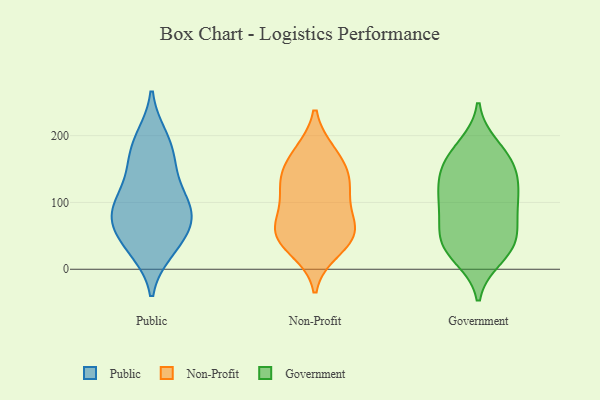
{"axis": {"x": "Energy Usage (MWh)", "y": "Value"}, "legend": ["Government", "Non-Profit", "Public"], "data": [{"x": "", "y": 198, "type": "Public"}, {"x": "", "y": 27, "type": "Public"}, {"x": "", "y": 74, "type": "Public"}, {"x": "", "y": 153, "type": "Public"}, {"x": "", "y": 28, "type": "Public"}, {"x": "", "y": 87, "type": "Public"}, {"x": "", "y": 109, "type": "Public"}, {"x": "", "y": 102, "type": "Public"}, {"x": "", "y": 160, "type": "Public"}, {"x": "", "y": 58, "type": "Public"}, {"x": "", "y": 89, "type": "Public"}, {"x": "", "y": 69, "type": "Public"}, {"x": "", "y": 118, "type": "Public"}, {"x": "", "y": 168, "type": "Public"}, {"x": "", "y": 37, "type": "Public"}, {"x": "", "y": 199, "type": "Public"}, {"x": "", "y": 72, "type": "Public"}, {"x": "", "y": 62, "type": "Non-Profit"}, {"x": "", "y": 47, "type": "Non-Profit"}, {"x": "", "y": 139, "type": "Non-Profit"}, {"x": "", "y": 173, "type": "Non-Profit"}, {"x": "", "y": 174, "type": "Non-Profit"}, {"x": "", "y": 29, "type": "Non-Profit"}, {"x": "", "y": 50, "type": "Non-Profit"}, {"x": "", "y": 48, "type": "Non-Profit"}, {"x": "", "y": 124, "type": "Non-Profit"}, {"x": "", "y": 93, "type": "Non-Profit"}, {"x": "", "y": 119, "type": "Non-Profit"}, {"x": "", "y": 70, "type": "Non-Profit"}, {"x": "", "y": 141, "type": "Non-Profit"}, {"x": "", "y": 92, "type": "Government"}, {"x": "", "y": 40, "type": "Government"}, {"x": "", "y": 173, "type": "Government"}, {"x": "", "y": 126, "type": "Government"}, {"x": "", "y": 139, "type": "Government"}, {"x": "", "y": 142, "type": "Government"}, {"x": "", "y": 26, "type": "Government"}, {"x": "", "y": 167, "type": "Government"}, {"x": "", "y": 31, "type": "Government"}, {"x": "", "y": 68, "type": "Government"}, {"x": "", "y": 46, "type": "Government"}, {"x": "", "y": 184, "type": "Government"}, {"x": "", "y": 18, "type": "Government"}, {"x": "", "y": 98, "type": "Government"}, {"x": "", "y": 53, "type": "Government"}, {"x": "", "y": 152, "type": "Government"}, {"x": "", "y": 98, "type": "Government"}, {"x": "", "y": 108, "type": "Government"}]}